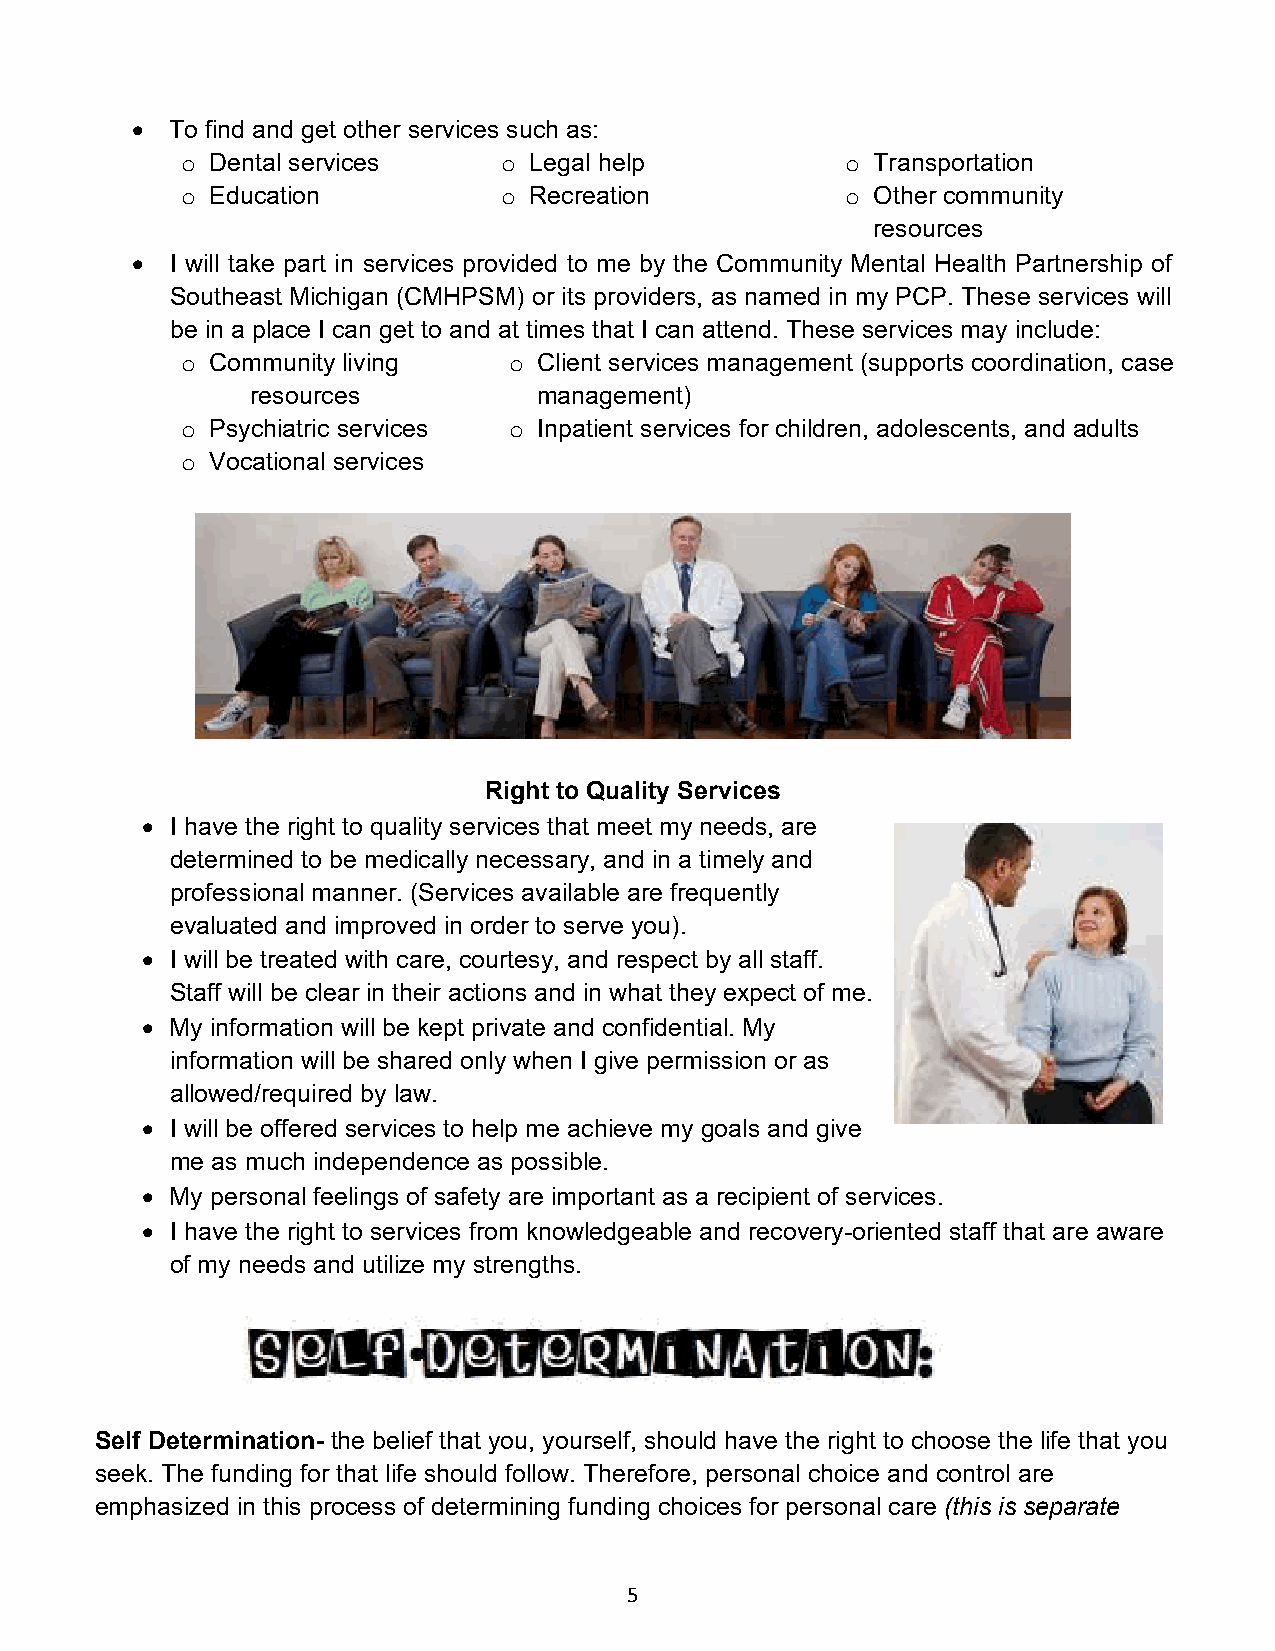
 To find and get other services such as:
 o Dental services    o Legal help           o Transportation
 o Education          o Recreation           o Other community
 resources
  I will take part in services provided to me by the Community Mental Health Partnership of
 Southeast Michigan (CMHPSM) or its providers, as named in my PCP. These services will
 be in a place I can get to and at times that I can attend. These services may include:
 o Community living    o Client services management (supports coordination, case
 resources          management)
 o Psychiatric services o Inpatient services for children, adolescents, and adults
 o Vocational services
 Right to Quality Services
  I have the right to quality services that meet my needs, are
 determined to be medically necessary, and in a timely and
 professional manner. (Services available are frequently
 evaluated and improved in order to serve you).
  I will be treated with care, courtesy, and respect by all staff.
 Staff will be clear in their actions and in what they expect of me.
  My information will be kept private and confidential. My
 information will be shared only when I give permission or as
 allowed/required by law.
  I will be offered services to help me achieve my goals and give
 me as much independence as possible.
  My personal feelings of safety are important as a recipient of services.
  I have the right to services from knowledgeable and recovery-oriented staff that are aware
 of my needs and utilize my strengths.
 Self Determination- the belief that you, yourself, should have the right to choose the life that you
 seek. The funding for that life should follow. Therefore, personal choice and control are
 emphasized in this process of determining funding choices for personal care (this is separate
 5